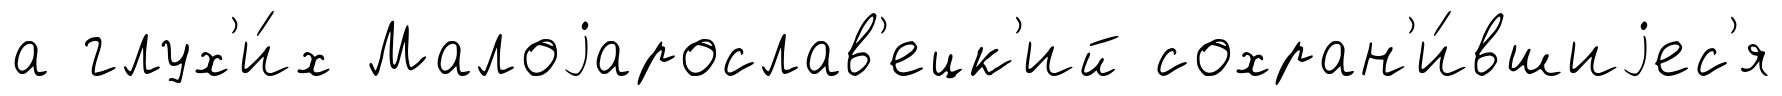
а глух'и́х Малоjарослав'ецк'ий сохран'и́вшиjес'я